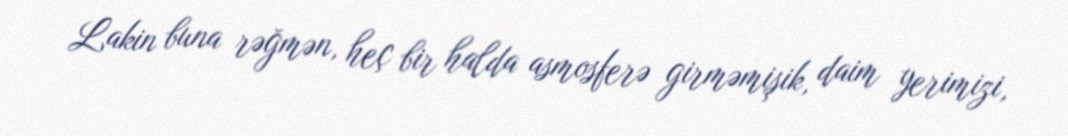
Lakin buna rəğmən, heç bir halda asmosferə girməmişik, daim yerimizi,